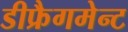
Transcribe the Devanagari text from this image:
डीफ्रैगमेन्ट